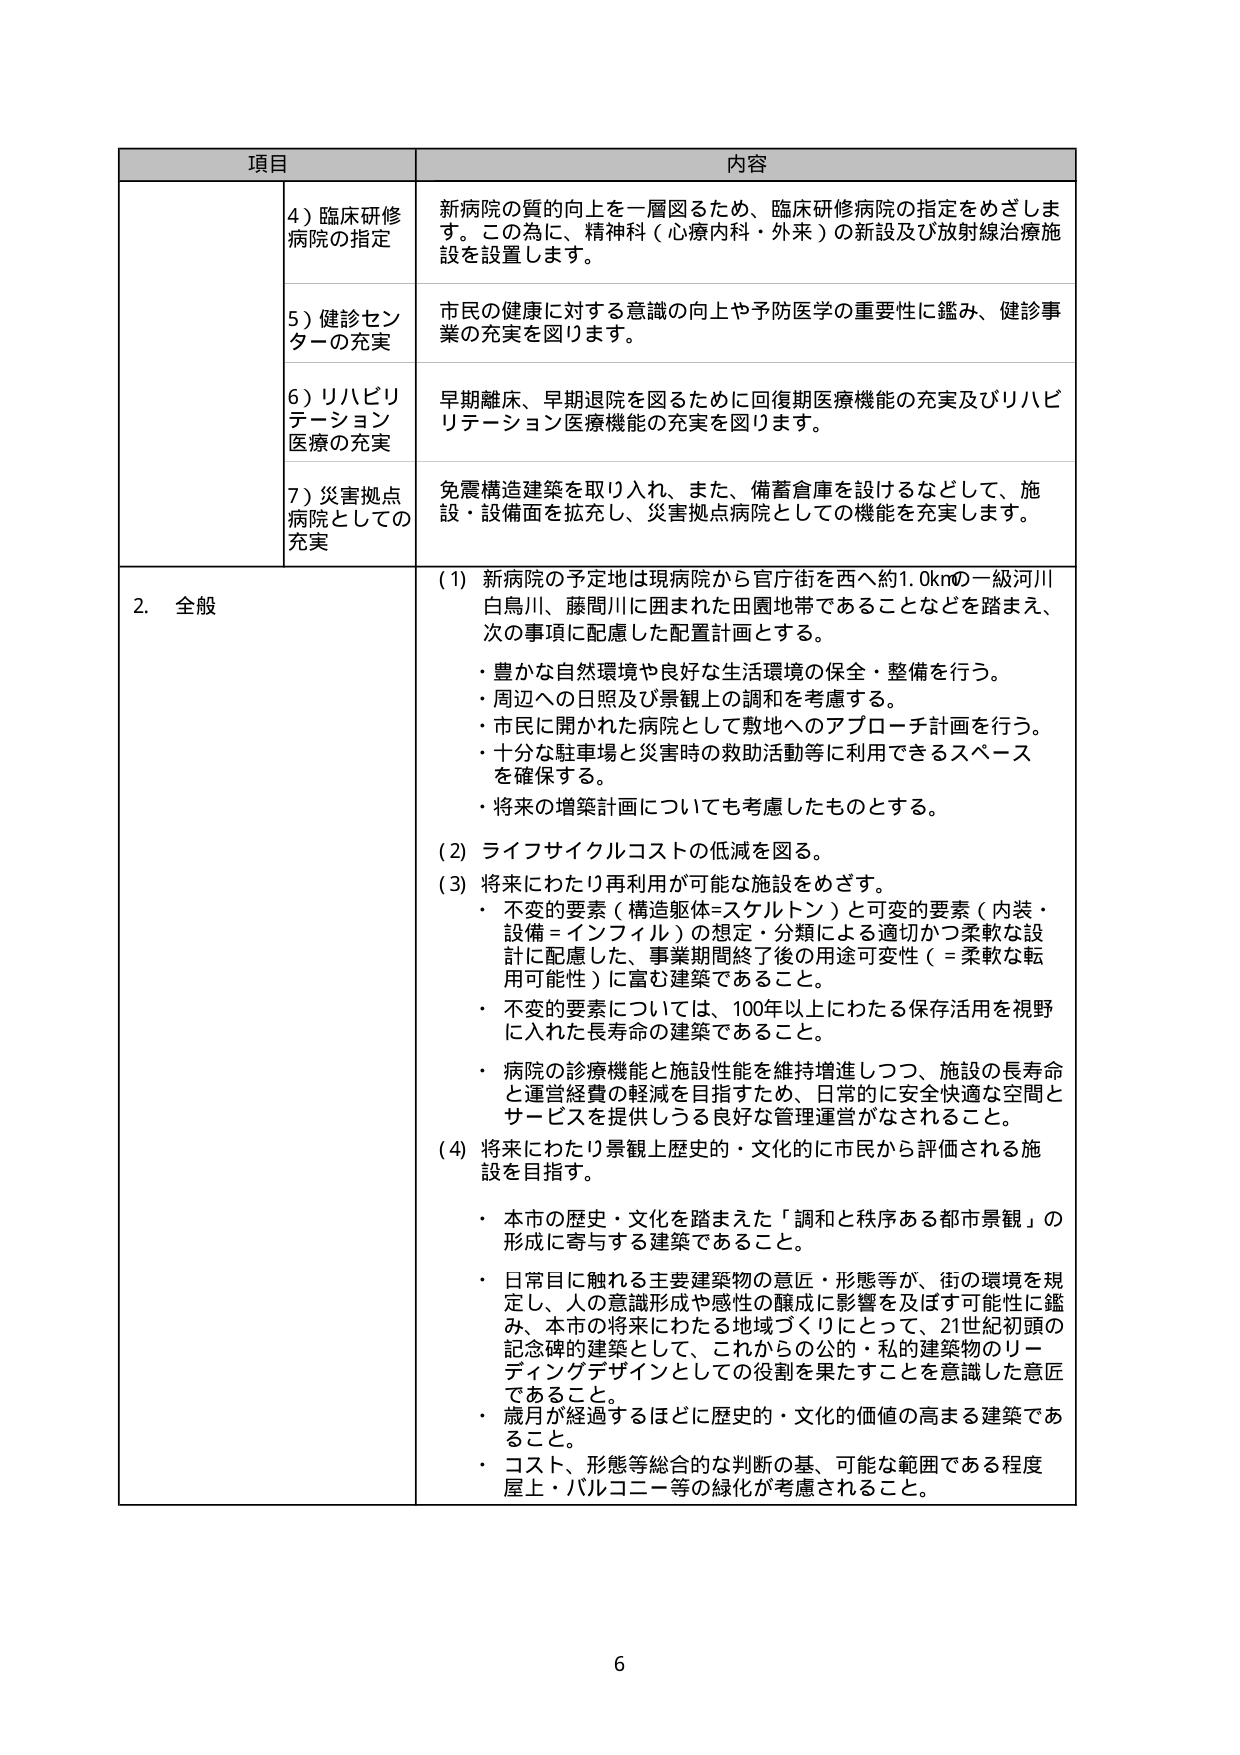
項目 内容
4）臨床研修病院の指定 新病院の質的向上を一層図るため、臨床研修病院の指定をめざします。この為に、精神科（心療内科・外来）の新設及び放射線治療施設を設置します。
5）健診センターの充実 市民の健康に対する意識の向上や予防医学の重要性に鑑み、健診事業の充実を図ります。
6）リハビリテーション医療の充実 早期離床、早期退院を図るために回復期医療機能の充実及びリハビリテーション医療機能の充実を図ります。
7）災害拠点病院としての充実 免震構造建築を取り入れ、また、備蓄倉庫を設けるなどして、施設・設備面を拡充し、災害拠点病院としての機能を充実します。
2．全般 （1）新病院の予定地は現病院から官庁街を西へ約1.0kmの一級河川白鳥川、藤間川に囲まれた田園地帯であることなどを踏まえ、次の事項に配慮した配置計画とする。
・豊かな自然環境や良好な生活環境の保全・整備を行う。
・周辺への日照及び景観上の調和を考慮する。
・市民に開かれた病院として敷地へのアプローチ計画を行う。
・十分な駐車場と災害時の救助活動等に利用できるスペースを確保する。
・将来の増築計画についても考慮したものとする。
（2）ライフサイクルコストの低減を図る。
（3）将来にわたり再利用が可能な施設をめざす。
・不変的要素（構造躯体＝スケルトン）と可変的要素（内装・設備＝インフィル）の想定・分類による適切かつ柔軟な設計に配慮した、事業期間終了後の用途可変性（＝柔軟な転用可能性）に富む建築であること。
・不変的要素については、100年以上にわたる保存活用を視野に入れた長寿命の建築であること。
・病院の診療機能と施設性能を維持増進しつつ、施設の長寿命と運営経費の軽減を目指すため、日常的に安全快適な空間とサービスを提供しうる良好な管理運営がなされること。
（4）将来にわたり景観上歴史的・文化的に市民から評価される施設を目指す。
・本市の歴史・文化を踏まえた「調和と秩序ある都市景観」の形成に寄与する建築であること。
・日常目に触れる主要建築物の意匠・形態等が、街の環境を規定し、人の意識形成や感性の醸成に影響を及ぼす可能性に鑑み、本市の将来にわたる地域づくりにとって、21世紀初頭の記念碑的建築として、これからの公的・私的建築物のリーディングデザインとしての役割を果たすことを意識した意匠であること。
・歳月が経過するほどに歴史的・文化的価値の高まる建築であること。
・コスト、形態等総合的な判断の基、可能な範囲である程度屋上・バルコニー等の緑化が考慮されること。
6